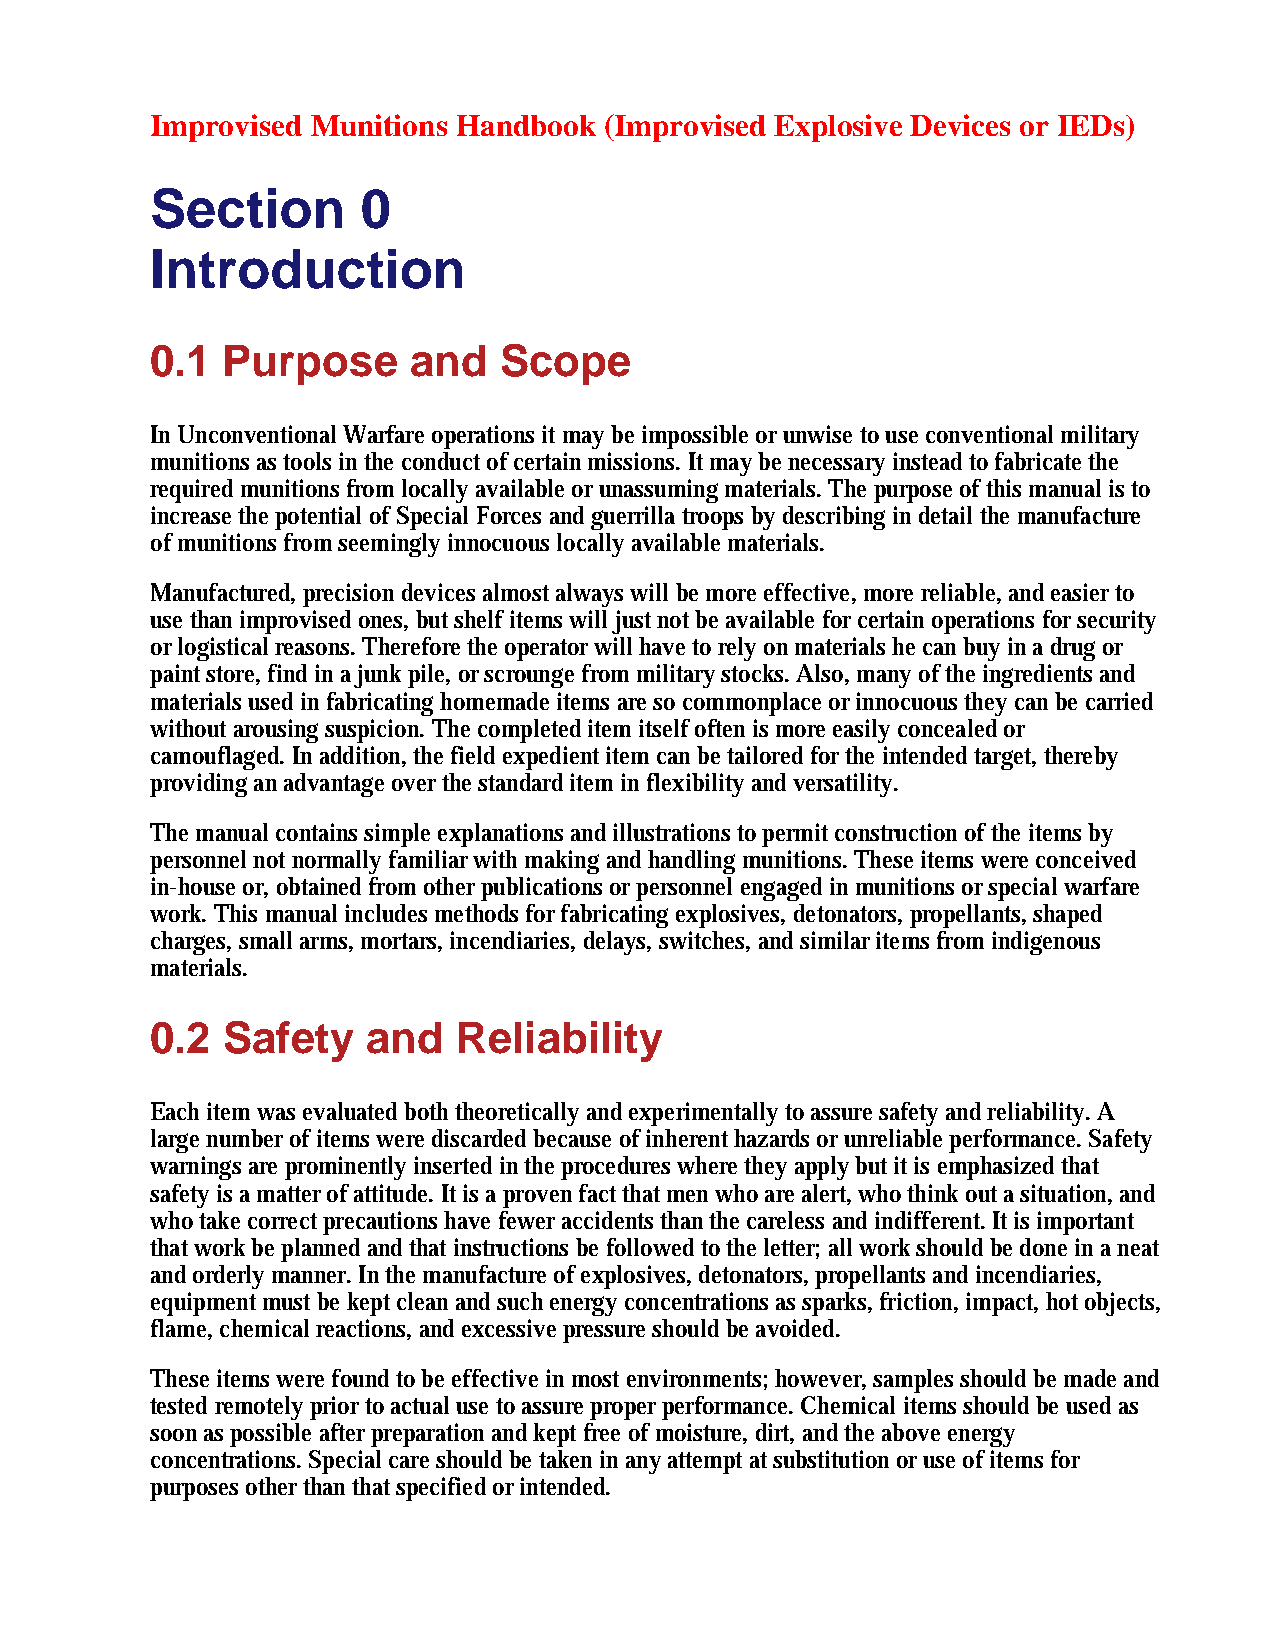
Improvised Munitions Handbook (Improvised Explosive Devices or IEDs)
 Section       0
 Introduction
 0.1  Purpose     and   Scope
 In Unconventional Warfare operations it may be impossible or unwise to use conventional military
 munitions as tools in the conduct of certain missions. It may be necessary instead to fabricate the
 required munitions from locally available or unassuming materials. The purpose of this manual is to
 increase the potential of Special Forces and guerrilla troops by describing in detail the manufacture
 of munitions from seemingly innocuous locally available materials.
 Manufactured, precision devices almost always will be more effective, more reliable, and easier to
 use than improvised ones, but shelf items will just not be available for certain operations for security
 or logistical reasons. Therefore the operator will have to rely on materials he can buy in a drug or
 paint store, find in a junk pile, or scrounge from military stocks. Also, many of the ingredients and
 materials used in fabricating homemade items are so commonplace or innocuous they can be carried
 without arousing suspicion. The completed item itself often is more easily concealed or
 camouflaged. In addition, the field expedient item can be tailored for the intended target, thereby
 providing an advantage over the standard item in flexibility and versatility.
 The manual contains simple explanations and illustrations to permit construction of the items by
 personnel not normally familiar with making and handling munitions. These items were conceived
 in-house or, obtained from other publications or personnel engaged in munitions or special warfare
 work. This manual includes methods for fabricating explosives, detonators, propellants, shaped
 charges, small arms, mortars, incendiaries, delays, switches, and similar items from indigenous
 materials.
 0.2  Safety   and   Reliability
 Each item was evaluated both theoretically and experimentally to assure safety and reliability. A
 large number of items were discarded because of inherent hazards or unreliable performance. Safety
 warnings are prominently inserted in the procedures where they apply but it is emphasized that
 safety is a matter of attitude. It is a proven fact that men who are alert, who think out a situation, and
 who take correct precautions have fewer accidents than the careless and indifferent. It is important
 that work be planned and that instructions be followed to the letter; all work should be done in a neat
 and orderly manner. In the manufacture of explosives, detonators, propellants and incendiaries,
 equipment must be kept clean and such energy concentrations as sparks, friction, impact, hot objects,
 flame, chemical reactions, and excessive pressure should be avoided.
 These items were found to be effective in most environments; however, samples should be made and
 tested remotely prior to actual use to assure proper performance. Chemical items should be used as
 soon as possible after preparation and kept free of moisture, dirt, and the above energy
 concentrations. Special care should be taken in any attempt at substitution or use of items for
 purposes other than that specified or intended.